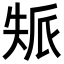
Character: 𡘿